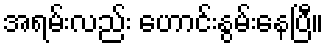
အရမ်းလည်း ဟောင်းနွမ်းနေပြီ။